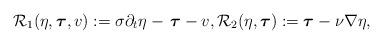
LaTeX: \begin{align*} \mathcal{R}_1(\eta,\boldsymbol{\tau},v) := \sigma \partial_t \eta - \, \boldsymbol{\tau} - v, \mathcal{R}_2(\eta,\boldsymbol{\tau}) := \boldsymbol{\tau} - \nu \nabla \eta, \end{align*}